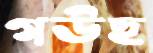
গউছ